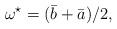
LaTeX: \begin{align*}\omega^{\star}=({\bar{b}+\bar{a}})/{2},\end{align*}